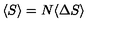
\langle S \rangle = N \langle \Delta S \rangle